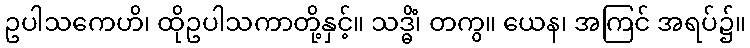
ဥပါသကေဟိ၊ ထိုဥပါသကာတို့နှင့်။ သဒ္ဓိံ၊ တကွ။ ယေန၊ အကြင် အရပ်၌။